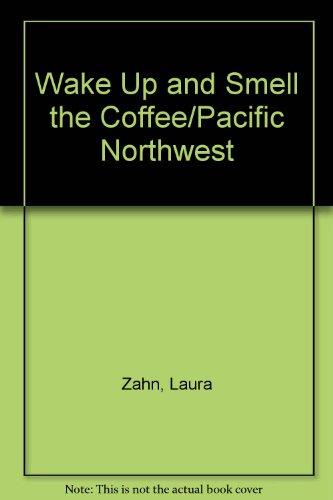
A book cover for Wake Up and Smell the Coffee/Pacific Northwest; Laura Zahn; Travel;